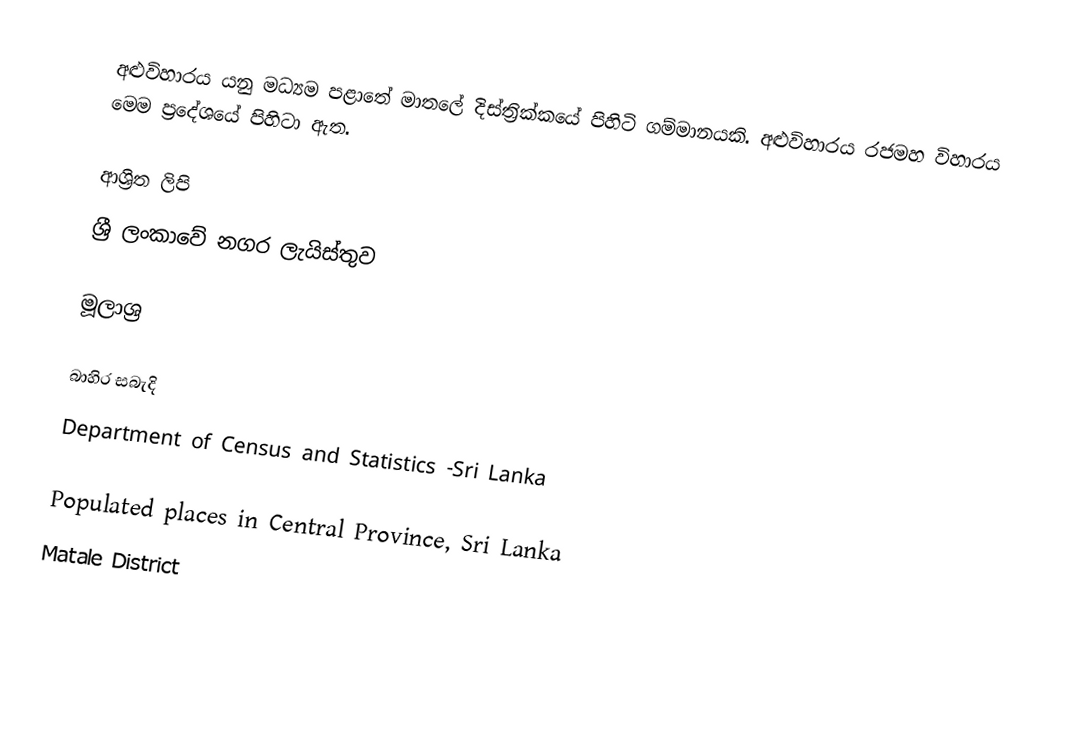
අළුවිහාරය යනු මධ්‍යම පළාතේ මාතලේ දිස්ත්‍රික්කයේ පිහිටි  ගම්මානයකි. අළුවිහාරය රජමහ විහාරය මෙම ප්‍රදේශයේ පිහිටා ඇත.

ආශ්‍රිත ලිපි
ශ්‍රී ලංකාවේ නගර ලැයිස්තුව

මූලාශ්‍ර

බාහිර සබැදි
Department of Census and Statistics -Sri Lanka

Populated places in Central Province, Sri Lanka
Matale District